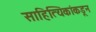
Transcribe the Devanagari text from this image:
साहित्यिकांकडून